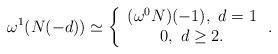
LaTeX: \begin{align*}\omega^1(N(-d))\simeq \left\{\begin{array}{c} (\omega^0 N)(-1),\ d=1\\ 0,\ d\geq 2.\end{array}\right. .\end{align*}